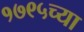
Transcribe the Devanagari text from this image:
१७९५च्या